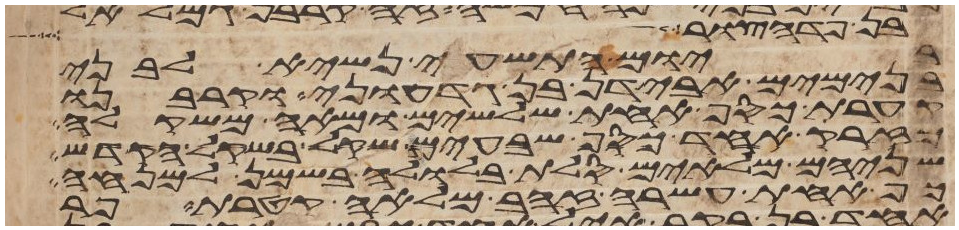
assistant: בן פדהצור ועל צבא
ביום התשעי נשיא לבני
בנימים אבידן בן גדעוני וקרבנו
קערת כסף אחת שלשים ומאה משקלה
מזרק אחד כסף שבעים שקל בשקל הקדש
שניהם מלאים סלת בלולה בשמן למנחה
כף אחת עשרה זהב מלאה קטרת פר